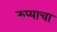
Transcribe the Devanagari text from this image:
रुप्याचा